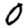
Digit: 0